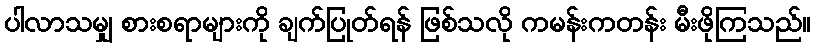
ပါလာသမျှ စားစရာများကို ချက်ပြုတ်ရန် ဖြစ်သလို ကမန်းကတန်း မီးဖိုကြသည်။